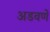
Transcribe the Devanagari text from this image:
अडवणे